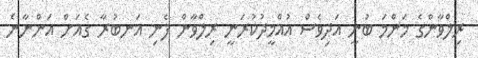
ރިލްވާންގެ މަންމަ ބުނީ އަދިވެސް އުއްމީދުކުރަނީ ރިލްވާން ފެނި އަނބުރާ ގެއަށް އަންނާނެ